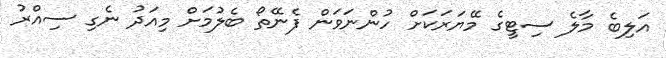
އަލިބެ މާލެ ސިޓީގެ މޭޔަރަކަށް ހުންނަވަން ފެނޭތޯ ބެލުމަށް މިއަދު ނެގި ސިއްރު